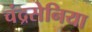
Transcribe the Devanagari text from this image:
चंद्रसेनिया